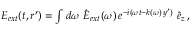
\begin{array} { r } { \boldsymbol { E } _ { e x t } ( t , \boldsymbol { r } ^ { \prime } ) = \int d \omega \, \, \hat { E } _ { e x t } ( \omega ) \, e ^ { - i ( \omega t - k ( \omega ) \, y ^ { \prime } ) } \, \, \hat { e } _ { z } \, , } \end{array}